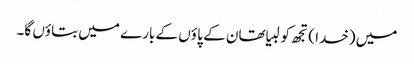
میں (خدا ) تجھ کو لبیا تھان کے پا ؤں کے بارے میں بتاؤں گا۔